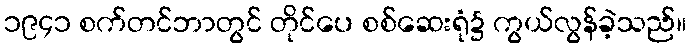
၁၉၄၁ စက်တင်ဘာတွင် တိုင်ပေ စစ်ဆေးရုံ၌ ကွယ်လွန်ခဲ့သည်။